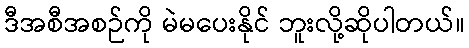
ဒီအစီအစဉ်ကို မဲမပေးနိုင် ဘူးလို့ဆိုပါတယ်။